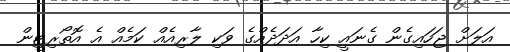
އަލަށް ޖަހައިގެން ގެނައީ ކިހާ އަދަދެއްގެ ވަކި ލާރިއެއް ކަމެއް އެ އޮތޯރިޓީން